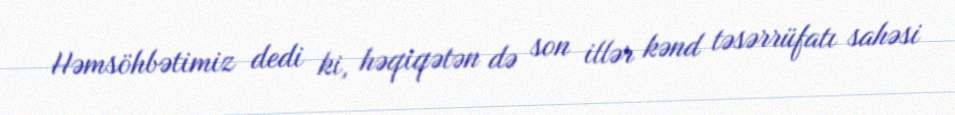
Həmsöhbətimiz dedi ki, həqiqətən də son illər kənd təsərrüfatı sahəsi